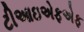
ટીઆઇએફએફ